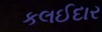
કલઈદાર